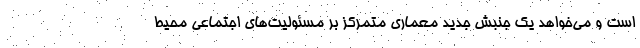
است و می‌خواهد یک جنبش جدید معماری متمرکز بر مسئولیت‌های اجتماعی محیط